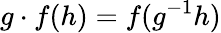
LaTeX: g\cdot f(h)=f(g^{-1}h)